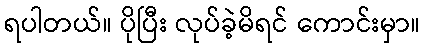
ရပါတယ်။ ပိုပြီး လုပ်ခဲ့မိရင် ကောင်းမှာ။